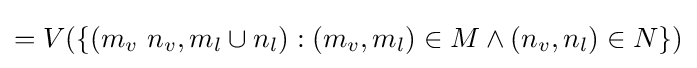
=V(\{(m_{v}\ n_{v},m_{l}\cup n_{l}):(m_{v},m_{l})\in M\land (n_{v},n_{l})\in N\})